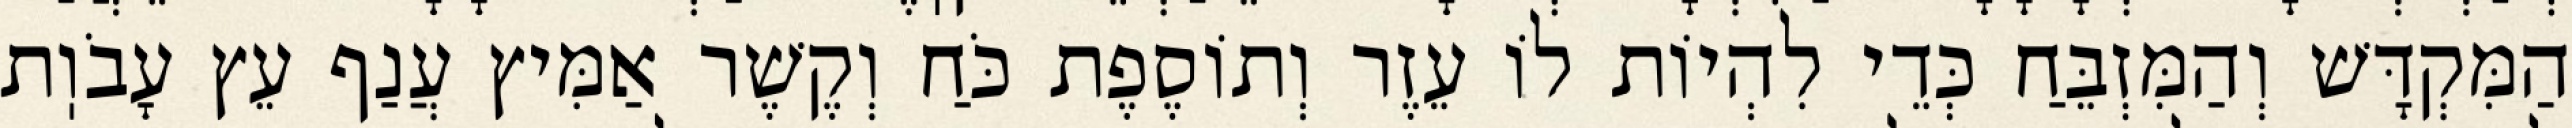
הַמִּקְדָּשׁ וְהַמִּזְבֵּחַ כְּדֵי לִהְיוֹת לוֹ עֵזֶר וְתוֹסֶפֶת כֹּחַ וְקֶשֶׁר אַמִּיץ עֲנַף עֵץ עָבֹוֽת